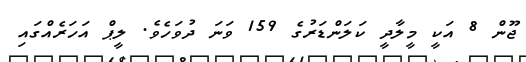
ޖޫން 8 އަކީ މީލާދީ ކަލަންޑަރުގެ 159 ވަނަ ދުވަހެވެ. ލީޕް އަހަރެއްގައި